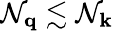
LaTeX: \mathcal{N}_{\mathbf{{q}}}\lesssim\mathcal{N}_{\mathbf{{k}}}